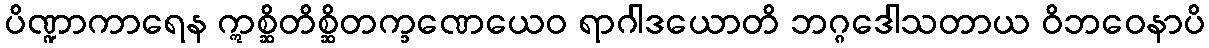
ပိဏ္ဍာကာရေန ဣစ္ဆိတိစ္ဆိတက္ခဏေယေဝ ရာဂါဒယောတိ ဘဂ္ဂဒေါသတာယ ဝိဘဝေနာပိ